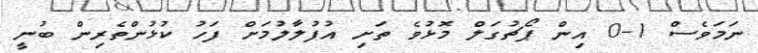
ނަމަވެސް 1-0 އިން ޕޯޗުގަލް މޮޅުވެ ތަށި އުފުލާލުމަށް ފަހު ކުޅުންތެރިން ބުނީ